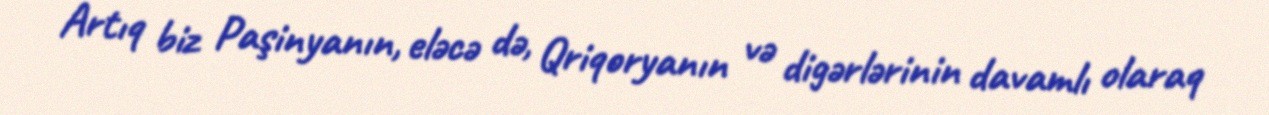
Artıq biz Paşinyanın, eləcə də, Qriqoryanın və digərlərinin davamlı olaraq